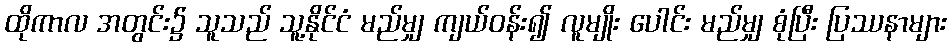
ထိုကာလ အတွင်း၌ သူသည် သူ့နိုင်ငံ မည်မျှ ကျယ်ဝန်း၍ လူမျိုး ပေါင်း မည်မျှ စုံပြီး ပြဿနာများ